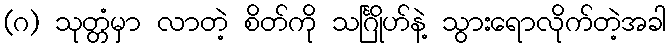
(ဂ) သုတ္တံမှာ လာတဲ့ စိတ်ကို သင်္ဂြိုဟ်နဲ့ သွားရောလိုက်တဲ့အခါ